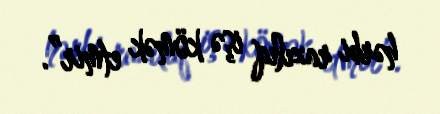
hərbi razılıq işə kömək etmir”.